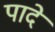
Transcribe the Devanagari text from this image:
पादे